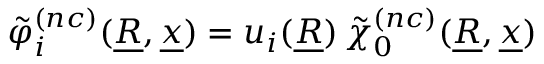
\tilde { \varphi } _ { i } ^ { ( n c ) } ( \underline { { R } } , \underline { { x } } ) = u _ { i } ( \underline { { R } } ) \, \tilde { \chi } _ { 0 } ^ { ( n c ) } ( \underline { { R } } , \underline { { x } } )